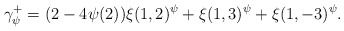
\begin{align*}\gamma_\psi^+ = (2-4\psi(2)) \xi(1,2)^\psi + \xi(1,3)^\psi + \xi(1,-3)^\psi.\end{align*}